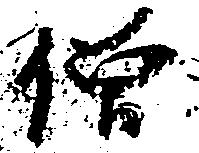
僧